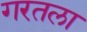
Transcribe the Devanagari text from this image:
गरतला